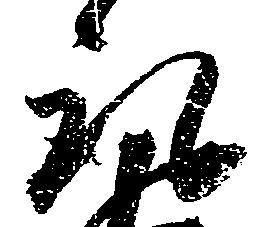
取